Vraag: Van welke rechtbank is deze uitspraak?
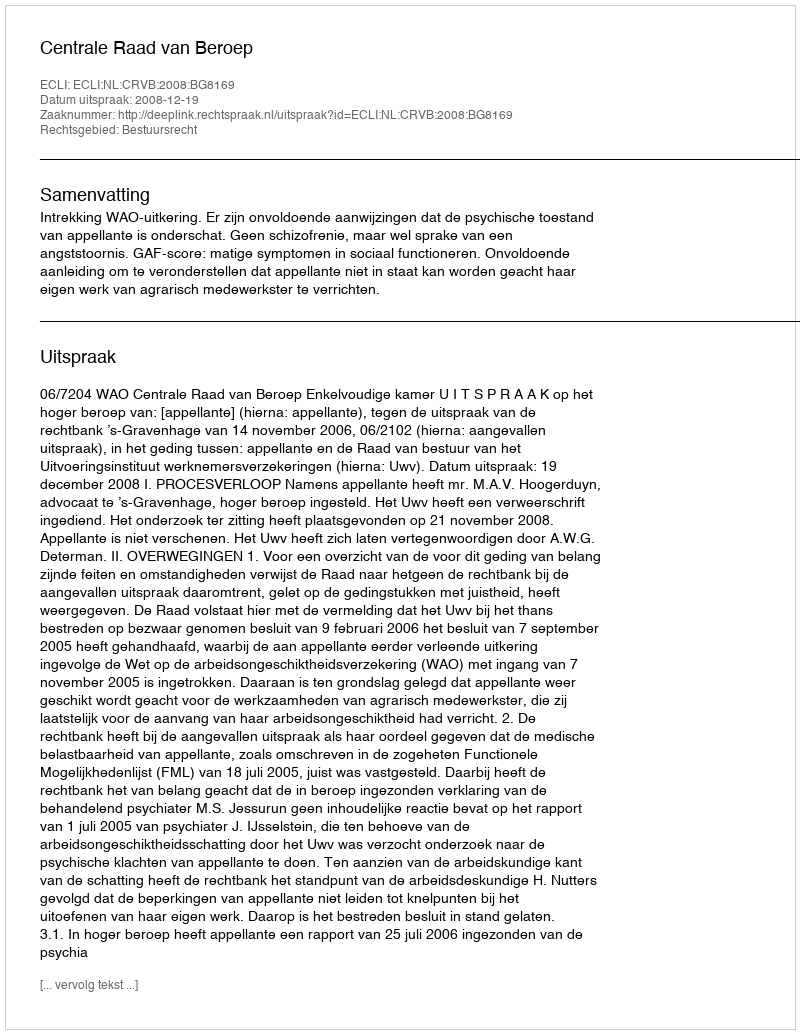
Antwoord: Centrale Raad van Beroep